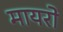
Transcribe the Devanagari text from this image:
मायरो